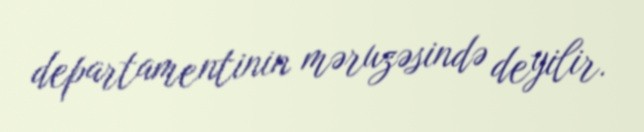
departamentinin məruzəsində deyilir.